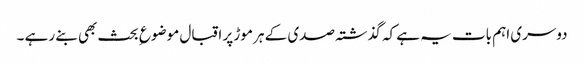
دوسری اہم بات یہ ہے کہ گذشتہ صدی کے ہر موڑ پر اقبال موضوع ِ بحث بھی بنے رہے ۔